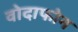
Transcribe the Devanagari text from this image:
वोदाफोन